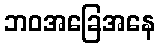
ဘဝအခြေအနေ